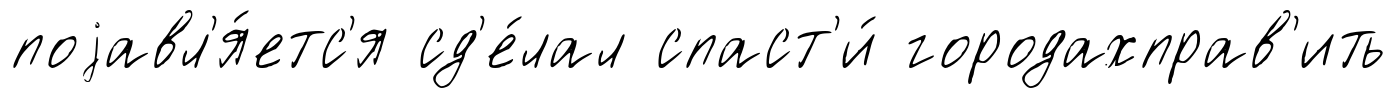
поjавл'я́етс'я сд'е́лал спаст'и́ городахправ'ить